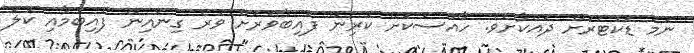
ނަމަ ޑޮކުޓަރަށް ދައްކާށެވެ. ހާއްސަކޮށް ކުރިން ފައިބާވަރަށް ވުރެ ގިނައިން ފެއިބުމާއި ކުލަ